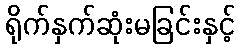
ရိုက်နှက်ဆုံးမခြင်းနှင့်